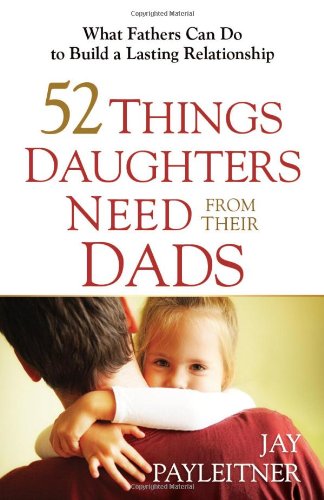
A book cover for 52 Things Daughters Need from Their Dads: What Fathers Can Do to Build a Lasting Relationship; Jay Payleitner; Christian Books & Bibles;